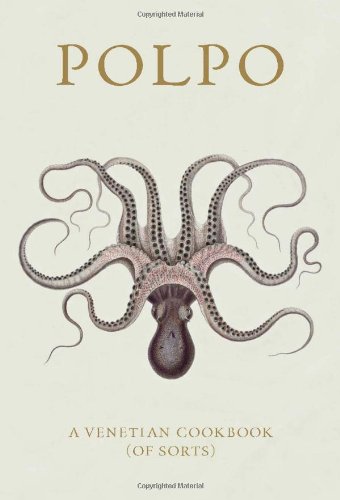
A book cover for POLPO: A Venetian Cookbook (Of Sorts); Russell Norman; Cookbooks, Food & Wine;